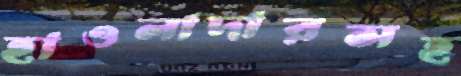
হাওলাদারসহ